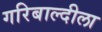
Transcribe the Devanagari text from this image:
गरिबाल्दीला